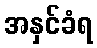
အနှင်ခံရ